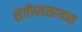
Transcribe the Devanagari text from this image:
शेतीव्यसायात